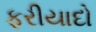
ફરીયાદો